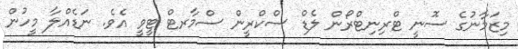
މިޒަމާނުގެ ސޮނީ ޓްރިނިޓްރޯން ލެޑް ސްކްރީން ސްމާރޓް ޓީވީ އެވެ. ނަޑެއްލާ މީހުން